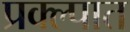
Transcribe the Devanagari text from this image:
प्रक्ल्पात